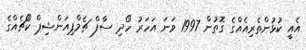
އެއީ ކުޅުންތެރިއެއްގެ ގޮތުން 1997 ވަނަ އަހަރު ހޯދި ސާފް ޗެމްޕިއަންޝިޕް ކޯޗެއްގެ